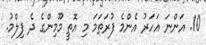
10. އަންނަ އަހަރު އެންމެ ފުރަތަމަ މި އޮތީ މޫމިންގެ ދެ ފިލްމު.